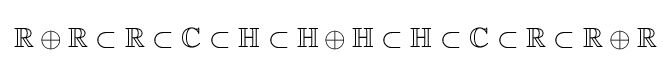
\mathbb {R} \oplus \mathbb {R} \subset \mathbb {R} \subset \mathbb {C} \subset \mathbb {H} \subset \mathbb {H} \oplus \mathbb {H} \subset \mathbb {H} \subset \mathbb {C} \subset \mathbb {R} \subset \mathbb {R} \oplus \mathbb {R}